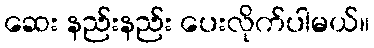
ဆေး နည်းနည်း ပေးလိုက်ပါမယ်။